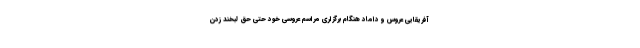
آفریقایی عروس و داماد هنگام برگزاری مراسم عروسی خود حتی حق لبخند زدن